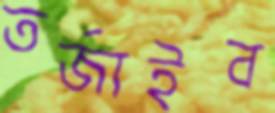
তর্জাইব